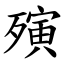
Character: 殥